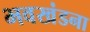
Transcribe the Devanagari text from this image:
भवखंडना